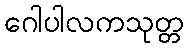
ဂေါပါလကသုတ္တ